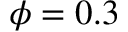
\phi = 0 . 3